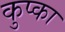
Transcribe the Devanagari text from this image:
कुप्का